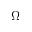
\Omega